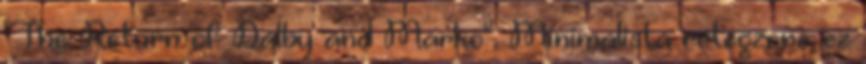
"The Return of Dalby and Marko". Minimalista rétegzene ez